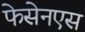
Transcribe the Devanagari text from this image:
फेसेनएस